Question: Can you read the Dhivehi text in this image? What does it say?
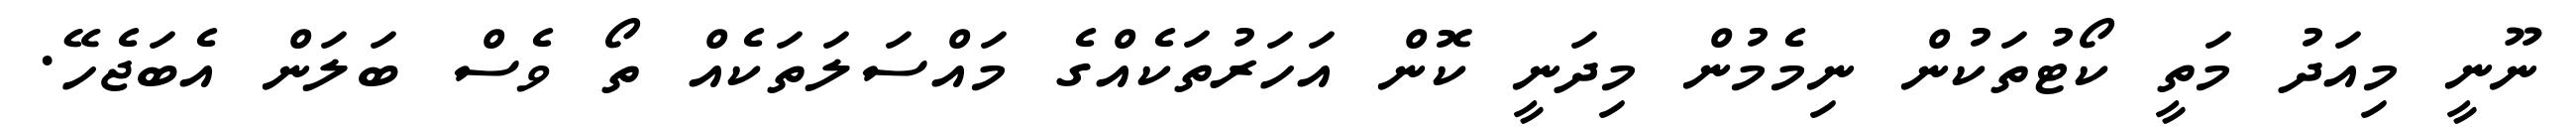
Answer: ނޫނީ މިއަދު މަތީ ކޯޓުތަކުން ނިމެމުން މިދަނީ ކޮން އަހަރުތަކެއްގެ މައްސަލަތަކެއް ތޯ ވެސް ބަލަން އެބަޖެހޭ.